Indian Civil Veterinary Department memoirs
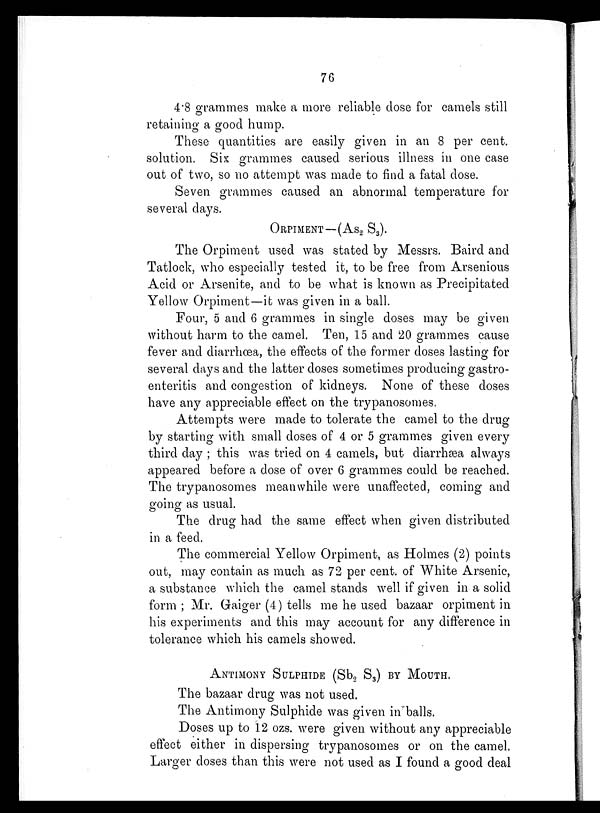
76
4.8 grammes make a more reliable dose for camels still
retaining a good hump.
These quantities are easily given in an 8 per cent.
solution. Six grammes caused serious illness in one case
out of two, so no attempt was made to find a fatal dose.
Seven grammes caused an abnormal temperature for
several days.
ORPIMENT—(As 2 S 3 ).
The Orpiment used was stated by Messrs. Baird and
Tatlock, who especially tested it, to be free from Arsenious
Acid or Arsenite, and to be what is known as Precipitated
Yellow Orpiment—it was given in a ball.
Four, 5 and 6 grammes in single doses may be given
without harm to the camel. Ten, 15 and 20 grammes cause
fever and diarrhœa, the effects of the former doses lasting for
several days and the latter doses sometimes producing gastro-
enteritis and congestion of kidneys. None of these doses
have any appreciable effect on the trypanosomes
Attempts were made to tolerate the camel to the drug
by starting with small doses of 4 or 5 grammes given every
third day; this was tried on 4 camels, but diarrhæa always
appeared before a dose of over 6 grammes could be reached.
The trypanosomes meanwhile were unaffected, coming and
going as usual.
The drug had the same effect when given distributed
in a feed.
The commercial Yellow Orpiment, as Holmes (2) points
out, may contain as much as 72 per cent. of White Arsenic,
a substance which the camel stands well if given in a solid
form; Mr. Gaiger (4) tells me he used bazaar orpiment in
his experiments and this may account for any difference in
tolerance which his camels showed.
ANTIMONY SULPHIDE (Sb 2 S 3 ) BY MOUTH.
The bazaar drug was not used.
The Antimony Sulphide was given in balls.
Doses up to 12 ozs. were given without any appreciable
effect either in dispersing trypanosomes or on the camel
Larger doses than this were not used as I found a good deal